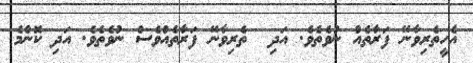
އެހީތެރިވާނޭ ފަރާތެއް ނުވެތެވެ. އަދި  ތެރިވާނޭ ފަރާތެއްވެސް ނުވެތެވެ. އަދި ކޮންމެ